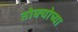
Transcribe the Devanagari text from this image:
तोक्योच्या